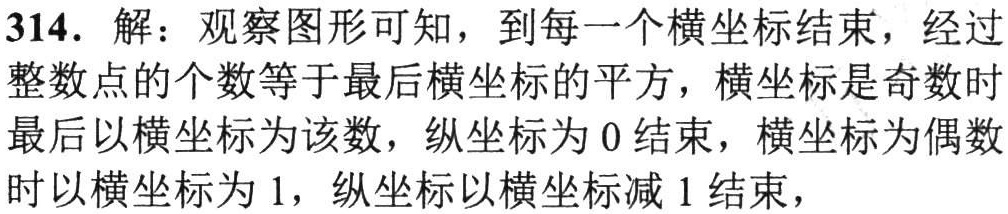
314. 解：观察图形可知，到每一个横坐标结束，经过整数点的个数等于最后横坐标的平方，横坐标是奇数时最后以横坐标为该数，纵坐标为 \(0\) 结束，横坐标为偶数时以横坐标为 \(1\)，纵坐标以横坐标减 \(1\) 结束，